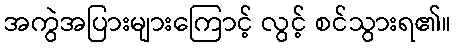
အကွဲအပြားများကြောင့် လွင့် စင်သွားရ၏။